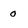
Character: O